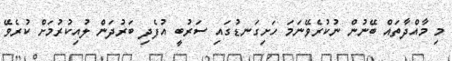
މި މާއްދާތައް ބޭނުން ނުކުރެވޭނަމަ ހަށިގަނޑުގައި ސަރުބީ އުފެދި ބަރުދަން ލުއިކުރުމަށް ކުރެވޭ